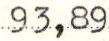
93,89